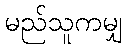
မည်သူကမျှ